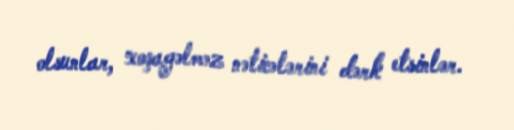
olsunlar, xoşagəlməz nəticələrini dərk etsinlər.